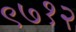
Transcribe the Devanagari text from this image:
९७१२